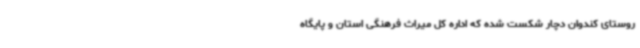
روستای کندوان دچار شکست شده که اداره کل میراث فرهنگی استان و پایگاه